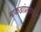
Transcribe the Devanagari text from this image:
माकडांप्रमाणेच